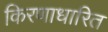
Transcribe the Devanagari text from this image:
किरणाधारित